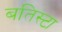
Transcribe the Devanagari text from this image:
बतिस्टा